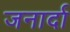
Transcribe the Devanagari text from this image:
जनार्दा